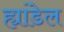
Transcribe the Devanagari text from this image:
ह्यांडेल